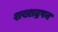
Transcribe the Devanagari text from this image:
शख्शद्रपन